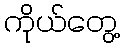
ကိုယ်တွေ့